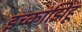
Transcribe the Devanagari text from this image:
इच्कांझिहू